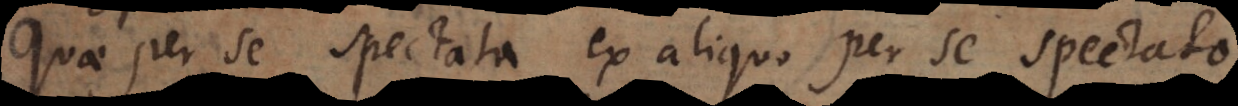
Quae per se spectata ex aliquo per se spectato